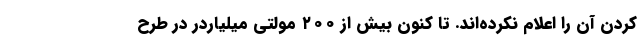
کردن آن را اعلام نکرده‌اند. تا کنون بیش از ۲۰۰ مولتی میلیاردر در طرح